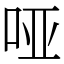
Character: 哑